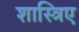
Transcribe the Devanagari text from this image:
शास्त्रिए